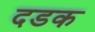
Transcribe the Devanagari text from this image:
दडक